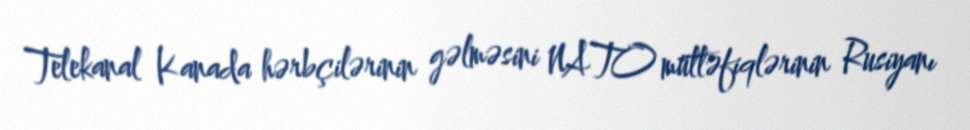
Telekanal Kanada hərbçilərinin gəlməsini NATO müttəfiqlərinin Rusiyanı